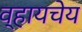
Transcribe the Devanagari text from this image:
व्हायचेय